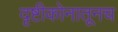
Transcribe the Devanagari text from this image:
दृष्टीकोनातूनच